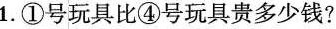
1.①号玩具比④号玩具贵多少钱?